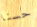
حسنا